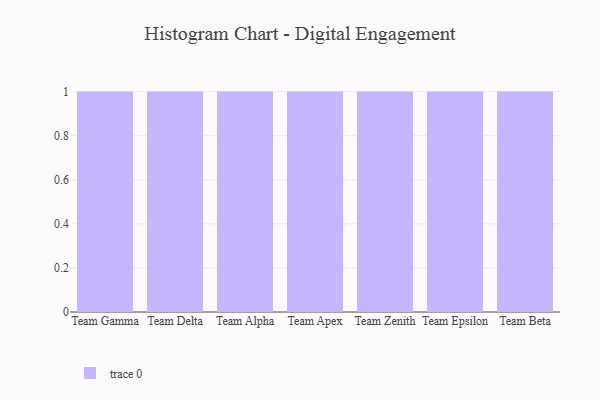
{"axis": {"x": "Team", "y": "Revenue (USD Million)"}, "legend": [""], "data": [{"x": "Team Gamma", "y": 88, "type": ""}, {"x": "Team Delta", "y": 86, "type": ""}, {"x": "Team Alpha", "y": 32, "type": ""}, {"x": "Team Apex", "y": 88, "type": ""}, {"x": "Team Zenith", "y": 29, "type": ""}, {"x": "Team Epsilon", "y": 35, "type": ""}, {"x": "Team Beta", "y": 2, "type": ""}]}